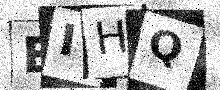
Text: EIHQ